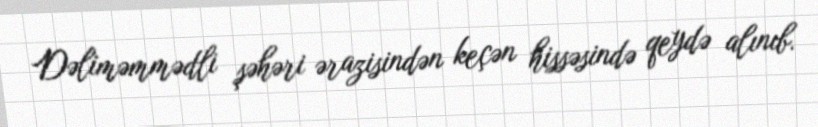
Dəliməmmədli şəhəri ərazisindən keçən hissəsində qeydə alınıb.